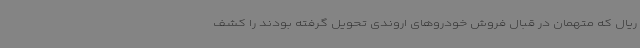
ریال که متهمان در قبال فروش خودروهای اروندی تحویل گرفته بودند را کشف